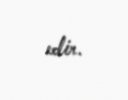
edir.